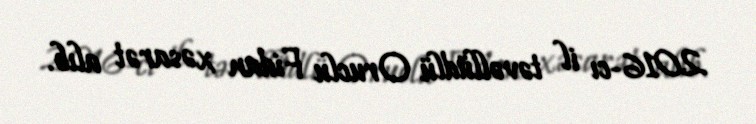
2016-cı il təvəllüdlü Oruclu Fidan xəsarət alıb.